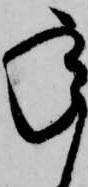
承